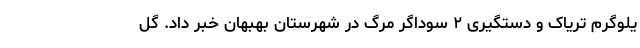
یلوگرم تریاک و دستگیری ۲ سوداگر مرگ در شهرستان بهبهان خبر داد. گل